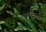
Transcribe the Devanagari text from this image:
शकरपुरी